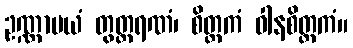
ဥဏ္ဏာမယံ တွတ္ထရဏံ၊ စိတ္တကံ ဝါနစိတ္တကံ။